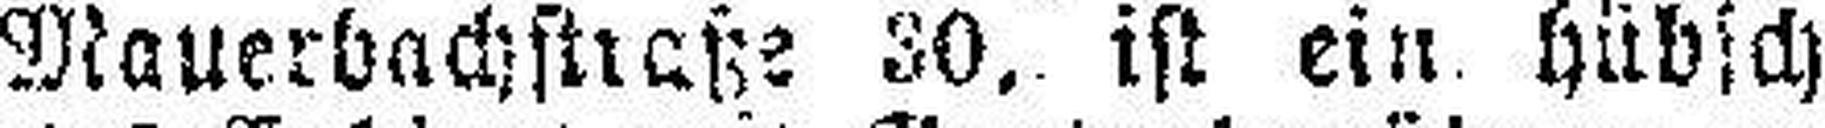
Mauerbachstraße 30. ist ein hübsch